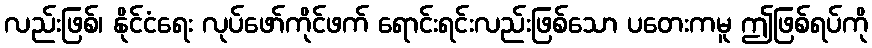
လည်းဖြစ်၊ နိုင်ငံရေး လုပ်ဖော်ကိုင်ဖက် ရောင်းရင်းလည်းဖြစ်သော ပတေးကမူ ဤဖြစ်ရပ်ကို